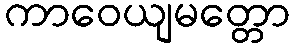
ကာဝေယျမတ္တော